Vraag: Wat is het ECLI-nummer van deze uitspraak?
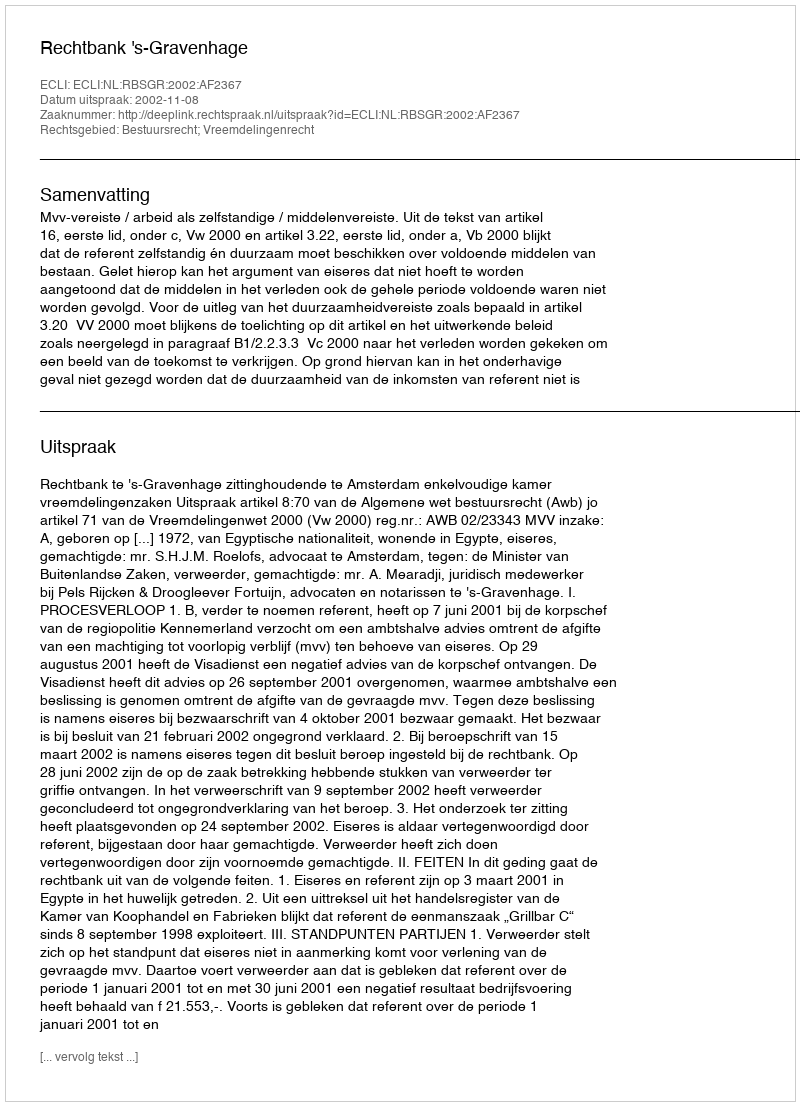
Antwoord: ECLI:NL:RBSGR:2002:AF2367